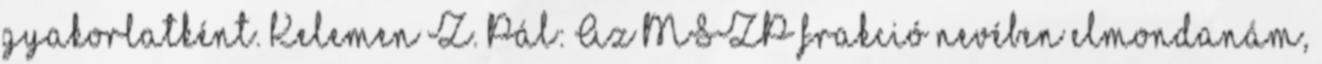
gyakorlatként. Kelemen Z. Pál: Az MSZP frakció nevében elmondanám,